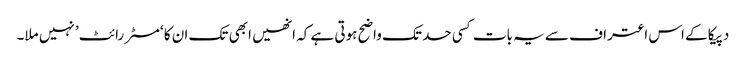
دپیکا کے اس اعتراف سے یہ بات کسی حد تک واضح ہوتی ہے کہ انھیں ابھی تک ان کا ‘مسٹر رائٹ’ نہیں ملا۔